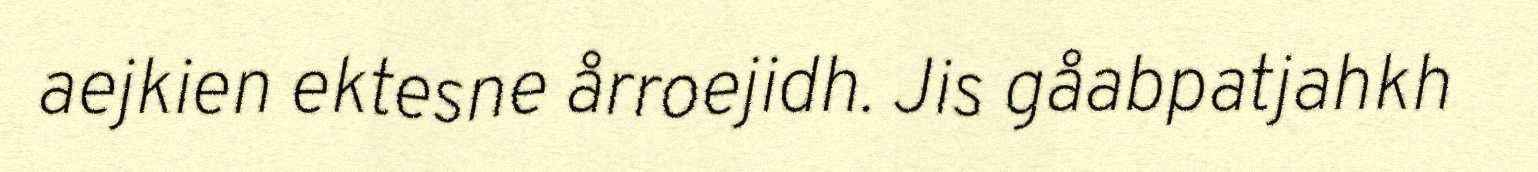
aejkien ektesne årroejidh. Jis gåabpatjahkh